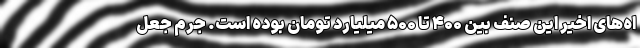
اه‌های اخیر این صنف بین ۴۰۰ تا ۵۰۰ میلیارد تومان بوده‌ است. جرم جعل